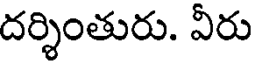
దర్శింతురు. వీరు